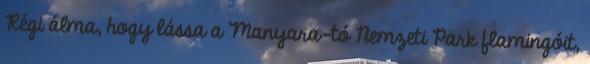
Régi álma, hogy lássa a Manyara-tó Nemzeti Park flamingóit,